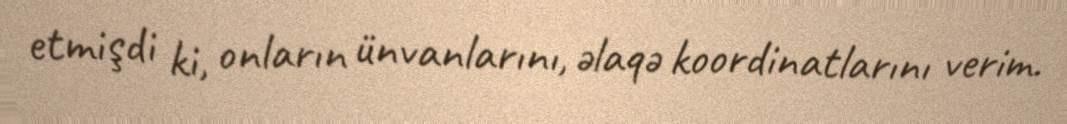
etmişdi ki, onların ünvanlarını, əlaqə koordinatlarını verim.